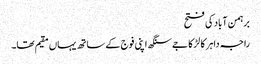
برہمن آباد کی فتح
راجہ داہر کا لڑکا جے سنگھ اپنی فوج کے ساتھ یہاں مقیم تھا۔